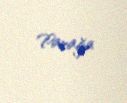
Parağa